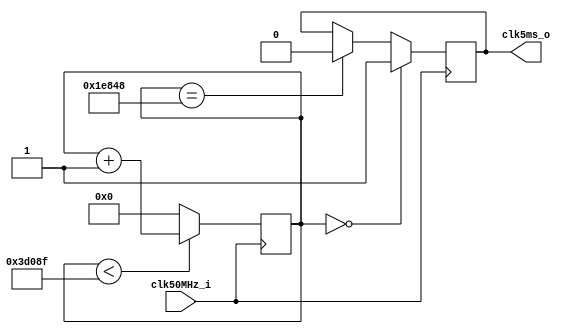
`timescale 1ns / 1ps
//////////////////////////////////////////////////////////////////////////////////
// Company:
// Engineer:
//
// Design Name:
// Module Name:    clkGen
// Project Name:
// Target Devices:
// Tool versions:
// Description:
//
// Dependencies:
//
// Revision:
// Revision 0.01 - File Created
// Additional Comments:
//
//////////////////////////////////////////////////////////////////////////////////
module clkGen(
    input clk50MHz_i,
    output clk5ms_o
    );

    parameter TIMES = 250_000; // 5ms

    reg [18:0] cnt; // see alse TIMES
    reg out;

    initial
    begin
        cnt <= 0;
        out <= 0;
    end

    always@(posedge clk50MHz_i)
    begin
        if(cnt < (TIMES-1))
            cnt <= cnt +1;
        else
            cnt <= 0;
    end

    always@(posedge clk50MHz_i)
    begin
        if(cnt == 0)
            out <= 1;
        else if(cnt == (TIMES/2))
            out <= 0;
        else
            out <= out;
    end

    assign clk5ms_o = out;

endmodule